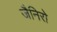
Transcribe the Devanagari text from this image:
जैनिरो